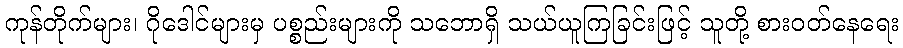
ကုန်တိုက်များ၊ ဂိုဒေါင်များမှ ပစ္စည်းများကို သဘောရှိ သယ်ယူကြခြင်းဖြင့် သူတို့ စားဝတ်နေရေး